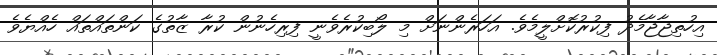
އިހުތިޖާޖާމެދު ފިކުރުކޮށްލީމެވެ. އަހަރެންނަށް މި ލޯބިކުރެވެނީ ފިރިހެނުން ކުރާ ޒާތުގެ ކަންތައްތައް ހެއްޔެވެ